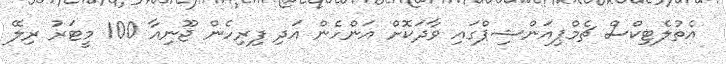
އެތުލެޓިކްސް ޗެމްޕިއަންޝިޕްގައި ވާދަކޮށް އަންހެން އަދި ފިރިހެން ޖޫނިއާ 100 މީޓަރު ރިލޭ